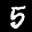
Label: 5